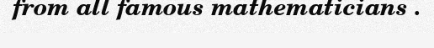
from all famous mathematicians .